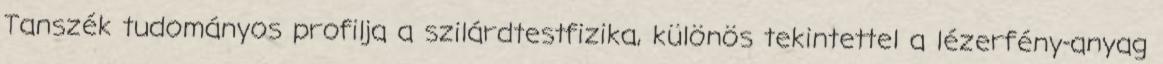
Tanszék tudományos profilja a szilárdtestfizika, különös tekintettel a lézerfény-anyag